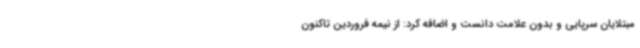
مبتلایان سرپایی و بدون علامت دانست و اضافه کرد: از نیمه فروردین تاکنون